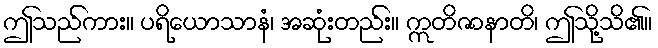
ဤသည်ကား။ ပရိယောသာနံ၊ အဆုံးတည်း။ ဣတိဇာနာတိ၊ ဤသို့သိ၏။